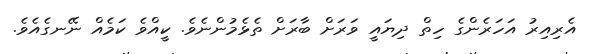
އެރިއިރު އަހަރެންގެ ހިތް ދިޔައީ ވަރަށް ބާރަށް ތެޅެމުންނެވެ. ކީއްވެ ކަމެއް ނޭނގެއެވެ.